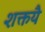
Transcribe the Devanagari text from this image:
शक्तयै